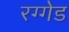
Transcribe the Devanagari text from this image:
रग्गेड